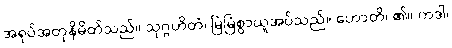
အရုပ်အတုနိမိတ်သည်။ သုဂ္ဂဟိတံ၊ မြဲမြံစွာယူအပ်သည်။ ဟောတိ၊ ၏။ ကဒါ၊